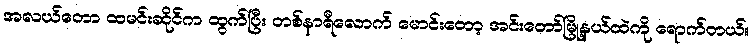
အလယ်တော ထမင်းဆိုင်က ထွက်ပြီး တစ်နာရီလောက် မောင်းတော့ အင်းတော်မြို့နယ်ထဲကို ရောက်တယ်။